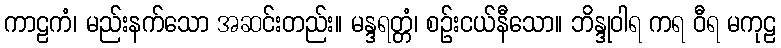
ကာဠကံ၊ မည်းနက်သော အဆင်းတည်း။ မန္ဒရတ္တံ၊ စဉ်းငယ်နီသော။ ဘိန္ဒုဝါရ ကရ ဝီရ မကုဠ